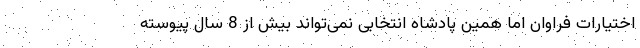
اختیارات فراوان اما همین پادشاه انتخابی نمی‌تواند بیش از 8 سال پیوسته